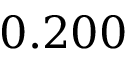
0 . 2 0 0